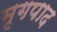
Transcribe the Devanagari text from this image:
मृगपाद